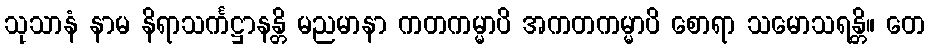
သုသာနံ နာမ နိရာသင်္ကဋ္ဌာနန္တိ မညမာနာ ကတကမ္မာပိ အကတကမ္မာပိ စောရာ သမောသရန္တိ။ တေ